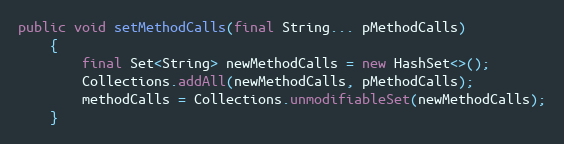
Language: Java
public void setMethodCalls(final String... pMethodCalls)
    {
        final Set<String> newMethodCalls = new HashSet<>();
        Collections.addAll(newMethodCalls, pMethodCalls);
        methodCalls = Collections.unmodifiableSet(newMethodCalls);
    }